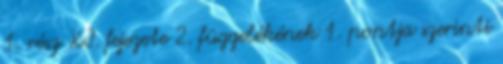
1. rész XI. fejezete 2. függelékének 1. pontja szerinti